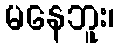
မနေဘူး၊